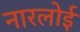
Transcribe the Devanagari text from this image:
नारलोई